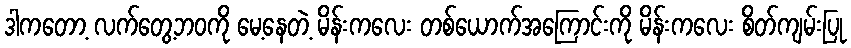
ဒါကတော့ လက်တွေ့ဘဝကို မေ့နေတဲ့ မိန်းကလေး တစ်ယောက်အကြောင်းကို မိန်းကလေး စိတ်ကျမ်းပြု